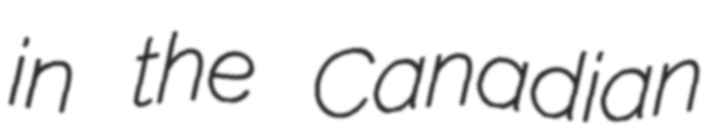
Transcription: in the Canadian